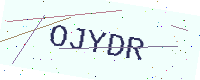
Text: OJYDR